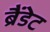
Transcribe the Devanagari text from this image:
ब्रैंडेट